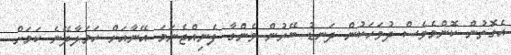
އެގޮތުން ކޮންމެވެސް ދުވަހަކުން ދަނޑު ބޭރުން ވެންގާ ފެނިއްޖެނަމަ އޭނާއަށް ހަމަލާދޭނެ ކަމަށް